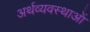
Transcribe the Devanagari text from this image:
अर्थव्यवस्थाआें